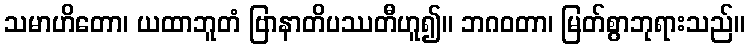
သမာဟိတော၊ ယထာဘူတံ ဗြာနာတိပဿတီဟူ၍။ ဘဂဝတာ၊ မြတ်စွာဘုရားသည်။